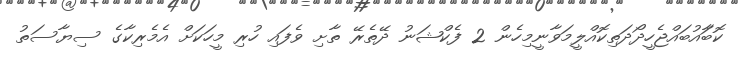
ކޮބަާއުބައްޖެހީދޯދަތިކޮއްލީމަވާނީމިހެން 2 ފެކްޝަނު ދޭތެރޭ ތާށި ވެފައި ހުރި މީހަކަށް އެމެރިކާގެ ސިޔާސަތު